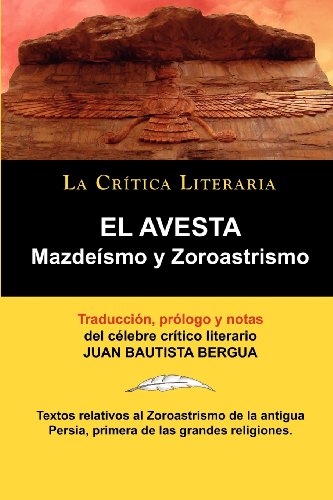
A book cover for El Avesta: Zoroastrismo y Mazdeismo (Spanish Edition); Zoroastro Zoroastro; Religion & Spirituality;